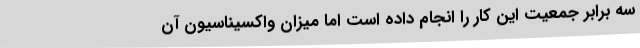
سه برابر جمعیت این کار را انجام داده است اما میزان واکسیناسیون آن